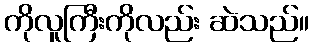
ကိုလူကြီးကိုလည်း ဆဲသည်။